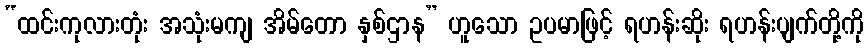
“ထင်းကုလားတုံး အသုံးမကျ အိမ်တော နှစ်ဌာန” ဟူသော ဥပမာဖြင့် ရဟန်းဆိုး ရဟန်းပျက်တို့ကို